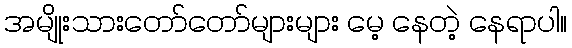
အမျိုးသားတော်တော်များများ မေ့ နေတဲ့ နေရာပါ။